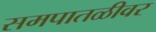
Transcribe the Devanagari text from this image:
समपातळीवर